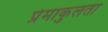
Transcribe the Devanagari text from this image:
प्रेमाकुलता